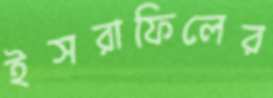
ইসরাফিলের